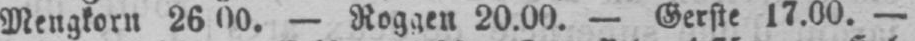
- Roggen 20.00. - Gerste 17.00. -